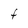
Character: t